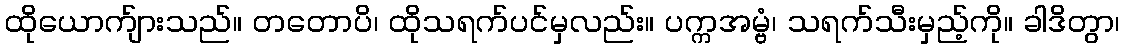
ထိုယောက်ျားသည်။ တတောပိ၊ ထိုသရက်ပင်မှလည်း။ ပက္ကအမ္ဗံ၊ သရက်သီးမှည့်ကို။ ခါဒိတွာ၊